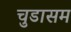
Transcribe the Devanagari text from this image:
चुडासम